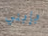
بإبني